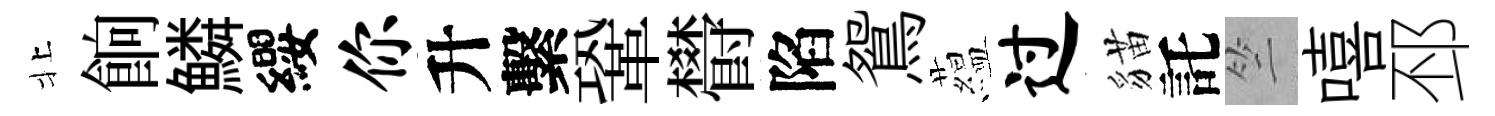
北餉鱗纓你升繫鞏欎陷鴛藴过貓託竺嘻邳